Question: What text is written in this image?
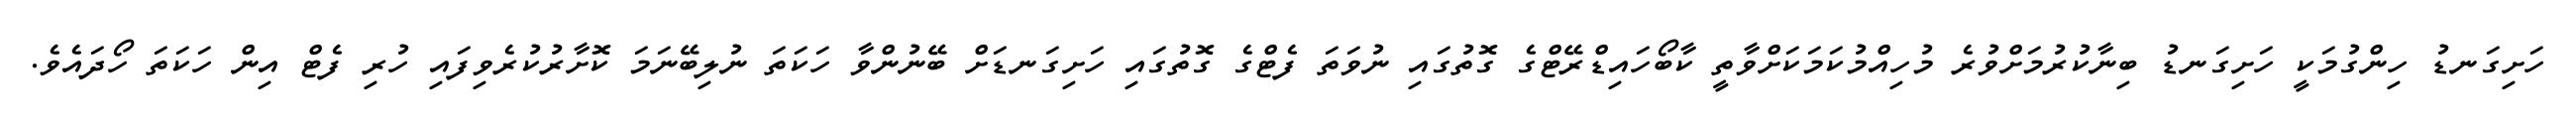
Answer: ހަށިގަނޑު ހިންގުމަކީ ހަށިގަނޑު ބިނާކުރުމަށްވުރެ މުހިއްމުކަމަކަށްވާތީ ކާބޯހައިޑްރޭޓްގެ ގޮތުގައި ނުވަތަ ފެޓްގެ ގޮތުގައި ހަށިގަނޑަށް ބޭނުންވާ ހަކަތަ ނުލިބޭނަމަ ކޮށާރުކުރެވިފައި ހުރި ފެޓް އިން ހަކަތަ ހޯދައެވެ.